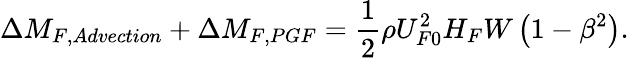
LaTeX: \Delta M_{F,Advection}+\Delta M_{F,PGF}=\frac{1}{2}\rho U_{F0}^{2}H_{F}W\left(1-\beta^{2}\right).